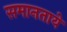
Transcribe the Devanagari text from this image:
समानताये